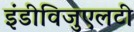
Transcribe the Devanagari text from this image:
इंडीविजुएलटी